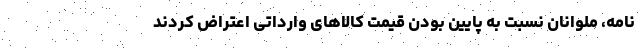
‌نامه، ملوانان نسبت به پایین بودن قیمت کالاهای وارداتی اعتراض کردند